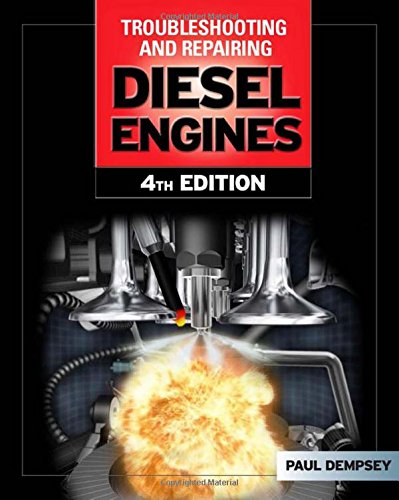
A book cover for Troubleshooting and Repair of Diesel Engines; Paul Dempsey; Engineering & Transportation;